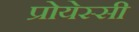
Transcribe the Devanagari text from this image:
प्रोयेस्सी